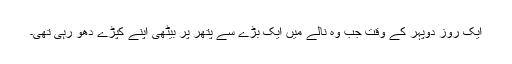
ایک روز دوپہر کے وقت جب وہ نالے میں ایک بڑے سے پتھر پر بیٹھی اپنے کپڑے دھو رہی تھی۔